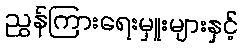
ညွှန်ကြားရေးမှူးများနှင့်